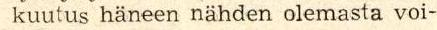
kuutus häneen nähden olevasta voi-